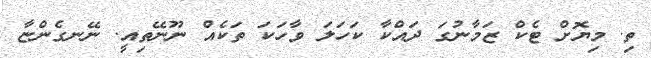
ތި. މިޔޮށް ޓެކް ޒަމާނުގަ ދައްކާ ކަހަލަ ވާހަކަ ތަކެއް ނޫނޭތިއީ. ނޭނގެންޏާ